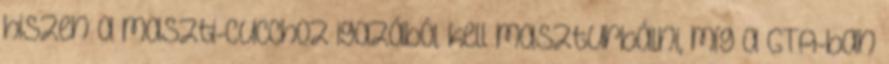
hiszen a maszti-cucchoz igazából kell maszturbálni, míg a GTA-ban